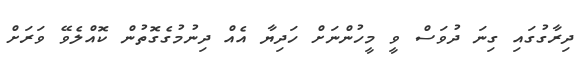
ދިރާގުގައި ގިނަ ދުވަސް ވީ މީހުންނަށް ހަދިޔާ އެއް ދިނުމުގެގޮތުން ކޮއްލެވޭ ވަަރަށް